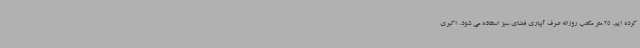
کرده ایم. 25 متر مکعب روزانه صرف آبیاری فضای سبز استفاده می شود. اکبری